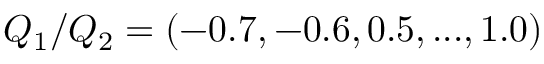
Q _ { 1 } / Q _ { 2 } = ( - 0 . 7 , - 0 . 6 , 0 . 5 , . . . , 1 . 0 )